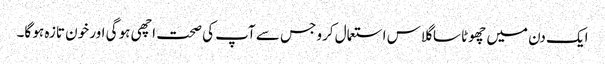
ایک دن میں چھوٹا سا گلاس استعمال کرو جس سے آپ کی صحت اچھی ہو گی اور خون تازہ ہو گا۔